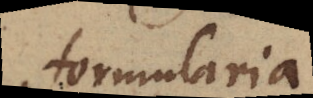
formularia